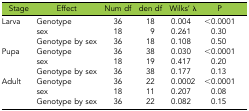
<table><thead><tr><td><b>Stage</b></td><td><b>Effect</b></td><td><b>Num df</b></td><td><b>den df</b></td><td><b>Wilks’ λ</b></td><td><b>P</b></td></tr></thead><tbody><tr><td>Larva</td><td>Genotype</td><td>36</td><td>18</td><td>0.004</td><td>&lt;0.0001</td></tr><tr><td></td><td>sex</td><td>18</td><td>9</td><td>0.261</td><td>0.30</td></tr><tr><td></td><td>Genotype by sex</td><td>36</td><td>18</td><td>0.108</td><td>0.50</td></tr><tr><td>Pupa</td><td>Genotype</td><td>36</td><td>38</td><td>0.030</td><td>&lt;0.0001</td></tr><tr><td></td><td>sex</td><td>18</td><td>19</td><td>0.417</td><td>0.20</td></tr><tr><td></td><td>Genotype by sex</td><td>36</td><td>38</td><td>0.177</td><td>0.13</td></tr><tr><td>Adult</td><td>Genotype</td><td>36</td><td>22</td><td>0.0002</td><td>&lt;0.0001</td></tr><tr><td></td><td>sex</td><td>18</td><td>11</td><td>0.207</td><td>0.08</td></tr><tr><td></td><td>Genotype by sex</td><td>36</td><td>22</td><td>0.082</td><td>0.15</td></tr></tbody></table>